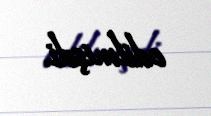
edilmişdi.